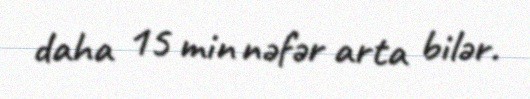
daha 15 min nəfər arta bilər.